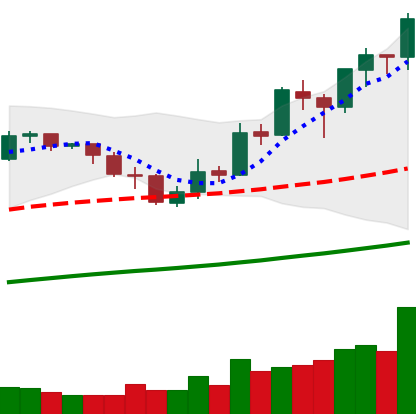
Ticker: BNB-USD
Chart end date: 2019-05-21
Forward return: 6.553%
Label: up_5_7